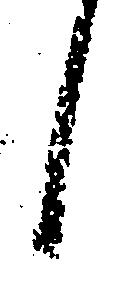
日